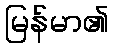
မြန်မာ၏